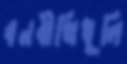
বনবীথিধূলি